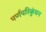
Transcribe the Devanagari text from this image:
पर्णपरिकुंचन